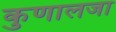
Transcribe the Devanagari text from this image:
कुणालजा